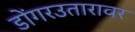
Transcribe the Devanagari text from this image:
डोंगरउतारावर